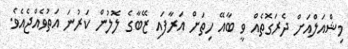
މިޝްއަލްއަށް ދެރަގޮތެއް ވީ ބާއޭ ހިތަށް އަރާފައި ޒޭބާގެ ލޮލުން ކަރުނަ އަތުވެއްޖެއެވެ.